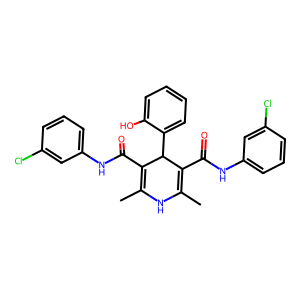
SMILES: CC1=C(C(=O)Nc2cccc(Cl)c2)C(c2ccccc2O)C(C(=O)Nc2cccc(Cl)c2)=C(C)N1
Inhibits HIV replication: No